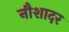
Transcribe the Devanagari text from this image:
नौशादर